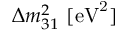
\Delta { m _ { 3 1 } ^ { 2 } } ~ [ \mathrm { { e V } ^ { 2 } ] }